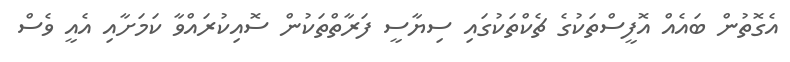
އެގޮތުން ބައެއް އޮފީސްތަކުގެ ޗެކްތަކުގައި ސިޔާސީ ފަރާތްތަކުން ސޮއިކުރައްވާ ކަމަށާއި އެއީ ވެސް